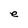
Character: e